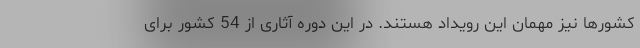
کشورها نیز مهمان این رویداد هستند. در این دوره آثاری از 54 کشور برای